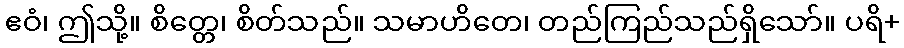
ဧဝံ၊ ဤသို့။ စိတ္တေ၊ စိတ်သည်။ သမာဟိတေ၊ တည်ကြည်သည်ရှိသော်။ ပရိ+